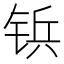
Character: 𲇿